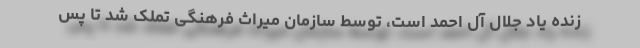
زنده یاد جلال آل احمد است، توسط سازمان میراث فرهنگی تملک شد تا پس